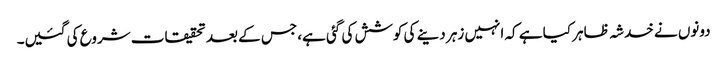
دونوں نے خدشہ ظاہر کیا ہے کہ انہیں زہر دینے کی کوشش کی گئی ہے، جس کے بعد تحقیقات شروع کی گئیں۔